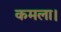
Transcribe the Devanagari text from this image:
कमला।